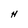
Character: H